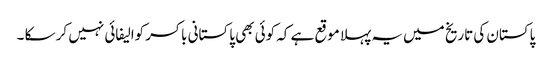
پاکستان کی تاریخ میں یہ پہلا موقع ہے کہ کوئی بھی پاکستانی باکسر کوالیفائی نہیں کر سکا ۔